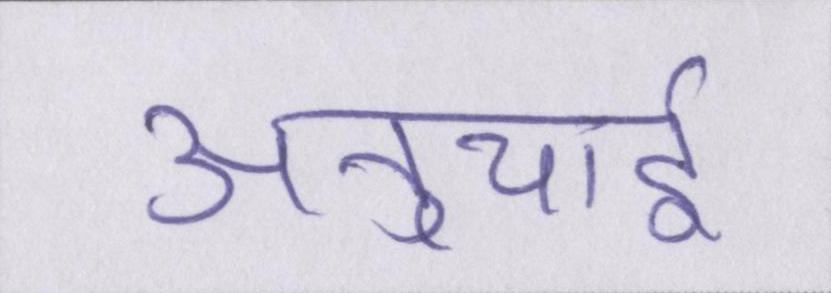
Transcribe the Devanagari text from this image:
अनुयाई